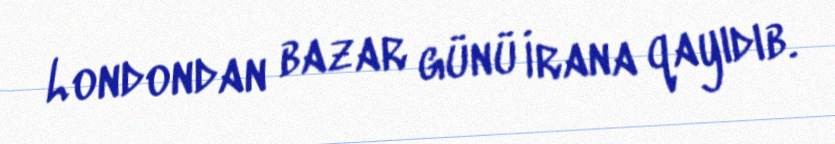
Londondan bazar günü İrana qayıdıb.